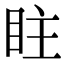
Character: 𥅖